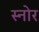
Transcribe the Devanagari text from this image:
स्नोर